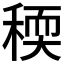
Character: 稬